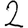
Digit: 2